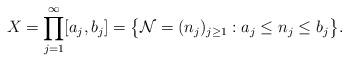
LaTeX: \begin{align*}X = \prod_{j=1}^{\infty}[a_{j}, b_{j}]= \bigl\{\mathcal{N}=(n_{j})_{j\ge1}: a_{j} \le n_{j} \le b_{j}\bigr\}.\end{align*}